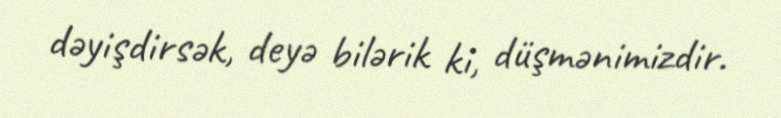
dəyişdirsək, deyə bilərik ki, düşmənimizdir.